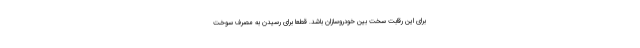
برای این رقابت سخت بین خودروسازان باشد. قطعاً برای رسیدن به مصرف سوخت